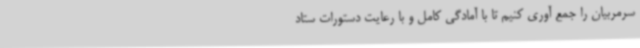
سرمربیان را جمع آوری کنیم تا با آمادگی کامل و با رعایت دستورات ستاد